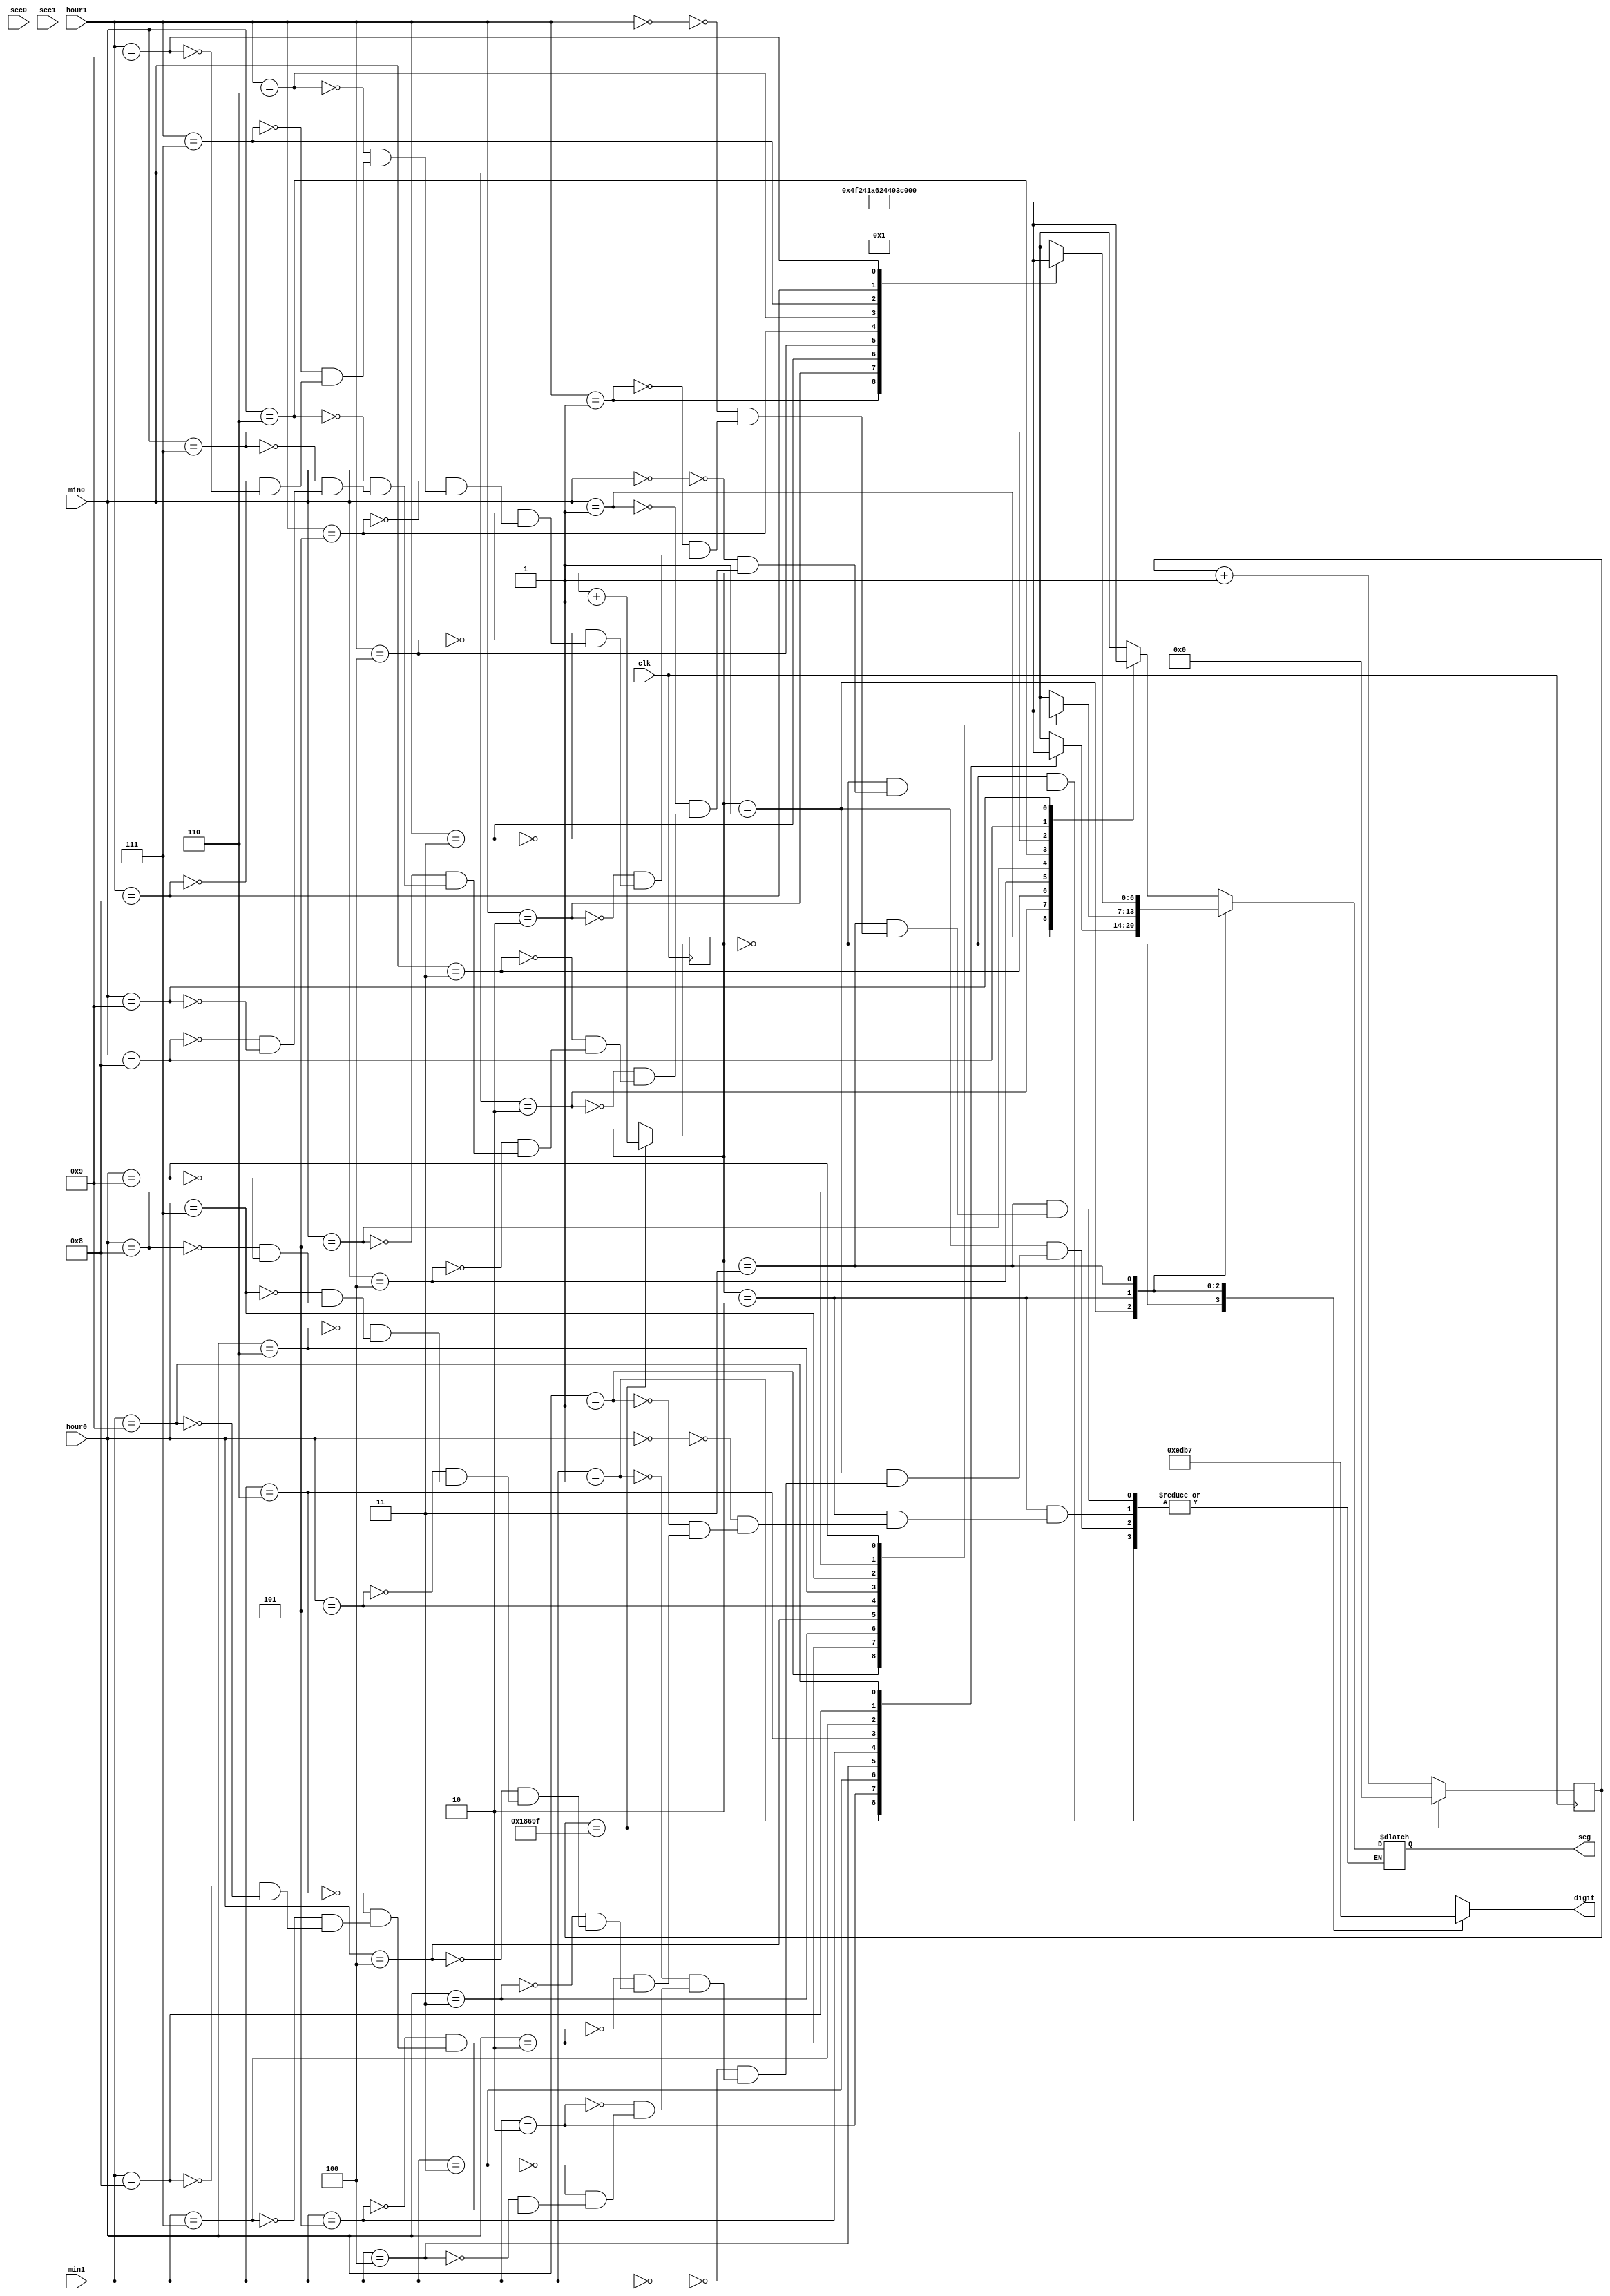
`timescale 1ns / 1ps
//////////////////////////////////////////////////////////////////////////////////
// Company: 
// Engineer: 
// 
// Design Name: 
// Module Name: seg_control
// Project Name: 
// Target Devices: 
// Tool Versions: 
// Description: 
// 
// Dependencies: 
// 
// Revision:
// Revision 0.01 - File Created
// Additional Comments:
// 
//////////////////////////////////////////////////////////////////////////////////


module seg_control(
    input clk,
    input [3:0] sec0,
    input [3:0] sec1,
    input [3:0] min0,
    input [3:0] min1,
    input [3:0] hour0,
    input [3:0] hour1,
   output reg [0:6] seg,       
   output reg [3:0] digit    
    
    );
    
     
    
     parameter ZERO  = 7'b000_0001;  // 0
    parameter ONE   = 7'b100_1111;  // 1
    parameter TWO   = 7'b001_0010;  // 2 
    parameter THREE = 7'b000_0110;  // 3
    parameter FOUR  = 7'b100_1100;  // 4
    parameter FIVE  = 7'b010_0100;  // 5
    parameter SIX   = 7'b010_0000;  // 6
    parameter SEVEN = 7'b000_1111;  // 7
    parameter EIGHT = 7'b000_0000;  // 8
    parameter NINE  = 7'b000_0100;  // 9
    
    
    
  
    
       
    reg [16:0] disp_timer;             
    reg [1:0] disp_select  ;
    always @(posedge clk) begin  
        if(disp_timer == 99_999) begin         
            disp_timer <= 0;                   
            disp_select <=  disp_select + 1;
        end
        else
            disp_timer <=  disp_timer + 1;
    end
    
     always @(disp_select) begin
        case(disp_select) 
            2'b00 : digit = 4'b1110;  
            2'b01 : digit = 4'b1101;  
            2'b10 : digit = 4'b1011;   
            2'b11 : digit = 4'b0111;
           // 3'b100 : digit = 6'b010000;
           // 3'b101 : digit = 6'b100000;  
           // 3'b110 : digit = 6'b000000;
        endcase
    end
    always@*
    begin
    case(disp_select)
            2'b00 : begin       
                        case(min0)
                            4'b0000 : seg = ZERO;
                            4'b0001 : seg = ONE;
                            4'b0010 : seg = TWO;
                            4'b0011 : seg = THREE;
                            4'b0100 : seg = FOUR;
                            4'b0101 : seg = FIVE;
                            4'b0110 : seg = SIX;
                            4'b0111 : seg = SEVEN;
                            4'b1000 : seg = EIGHT;
                            4'b1001 : seg = NINE;
                        endcase
                    end
                    
            2'b01 : begin       
                        case(min1)
                            4'b0000 : seg = ZERO;
                            4'b0001 : seg = ONE;
                            4'b0010 : seg = TWO;
                            4'b0011 : seg = THREE;
                            4'b0100 : seg = FOUR;
                            4'b0101 : seg = FIVE;
                            4'b0110 : seg = SIX;
                            4'b0111 : seg = SEVEN;
                            4'b1000 : seg = EIGHT;
                            4'b1001 : seg = NINE;
                        endcase
                    end
                    
            2'b10 : begin       
                        case(hour0)
                            4'b0000 : seg = ZERO;
                            4'b0001 : seg = ONE;
                            4'b0010 : seg = TWO;
                            4'b0011 : seg = THREE;
                            4'b0100 : seg = FOUR;
                            4'b0101 : seg = FIVE;
                            4'b0110 : seg = SIX;
                            4'b0111 : seg = SEVEN;
                            4'b1000 : seg = EIGHT;
                            4'b1001 : seg = NINE;
                        endcase
                    end
                    
            2'b11 : begin       
                        case(hour1)
                            4'b0000 : seg = ZERO;
                            4'b0001 : seg = ONE;
                            4'b0010 : seg = TWO;
                            4'b0011 : seg = THREE;
                            4'b0100 : seg = FOUR;
                            4'b0101 : seg = FIVE;
                            4'b0110 : seg = SIX;
                            4'b0111 : seg = SEVEN;
                            4'b1000 : seg = EIGHT;
                            4'b1001 : seg = NINE;
                        endcase
                    end
                  endcase
    end
    
endmodule